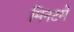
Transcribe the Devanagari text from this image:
मिनटमें